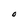
Character: O